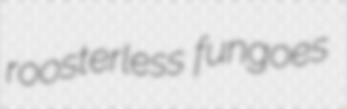
roosterless fungoes